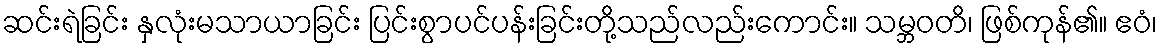
ဆင်းရဲခြင်း နှလုံးမသာယာခြင်း ပြင်းစွာပင်ပန်းခြင်းတို့သည်လည်းကောင်း။ သမ္ဘဝတိ၊ ဖြစ်ကုန်၏။ ဧဝံ၊